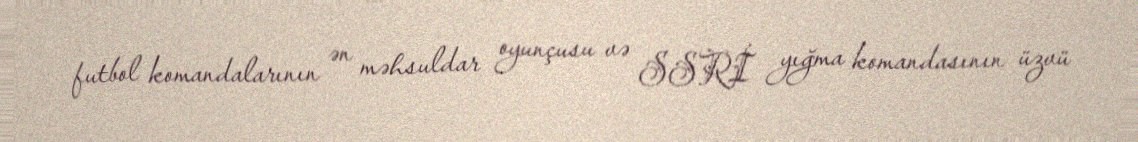
futbol komandalarının ən məhsuldar oyunçusu və SSRİ yığma komandasının üzvü